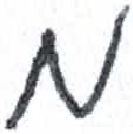
אות: מ